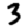
Digit: 3